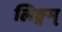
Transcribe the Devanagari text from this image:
लिङ्गम्‌